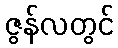
ဇွန်လတွင်